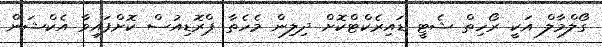
ގޯލްމާލް އަކީ ރޯހިތް ޝެޓީ ޑައިރެކްޓްކޮށް ދިލިން މެހެތާ ޕްރޮޑިއުސް ކޮށްފައިވާ އެކްޝަން